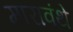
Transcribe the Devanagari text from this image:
मारावंथे